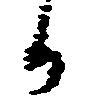
か